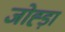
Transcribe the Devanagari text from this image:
जोह्ड़ा